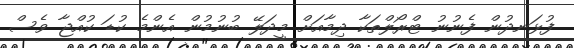
ފުޅަނދުން ފެނުނު ޓްރޯލްތަކާ ދިމާއަށް މީދަލޭ ބުނުމުން އެންމެ ކުޑަ ކުއްޖާ ވެސް